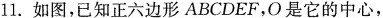
11.如图，已知正六边形ABCDEF，O是它的中心，